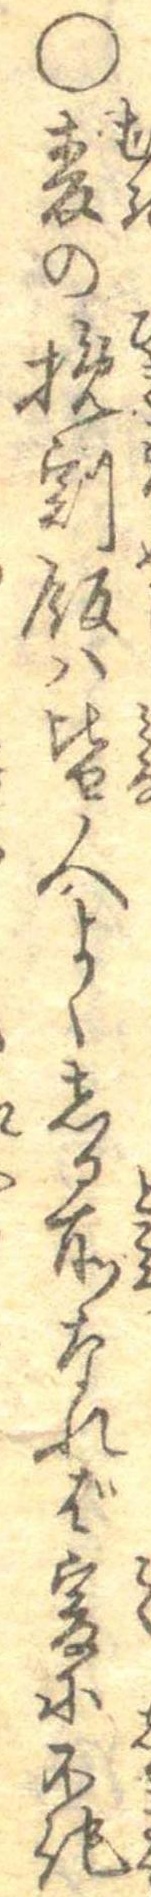
○麦の挽割飯は皆人よくしる所なれば爰に不記